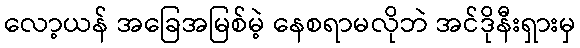
လော့ယန် အခြေအမြစ်မဲ့ နေစရာမလိုဘဲ အင်ဒိုနီးရှားမှ